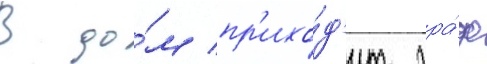
В до́м пр'ихо́д'ит гра́ф